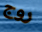
روج